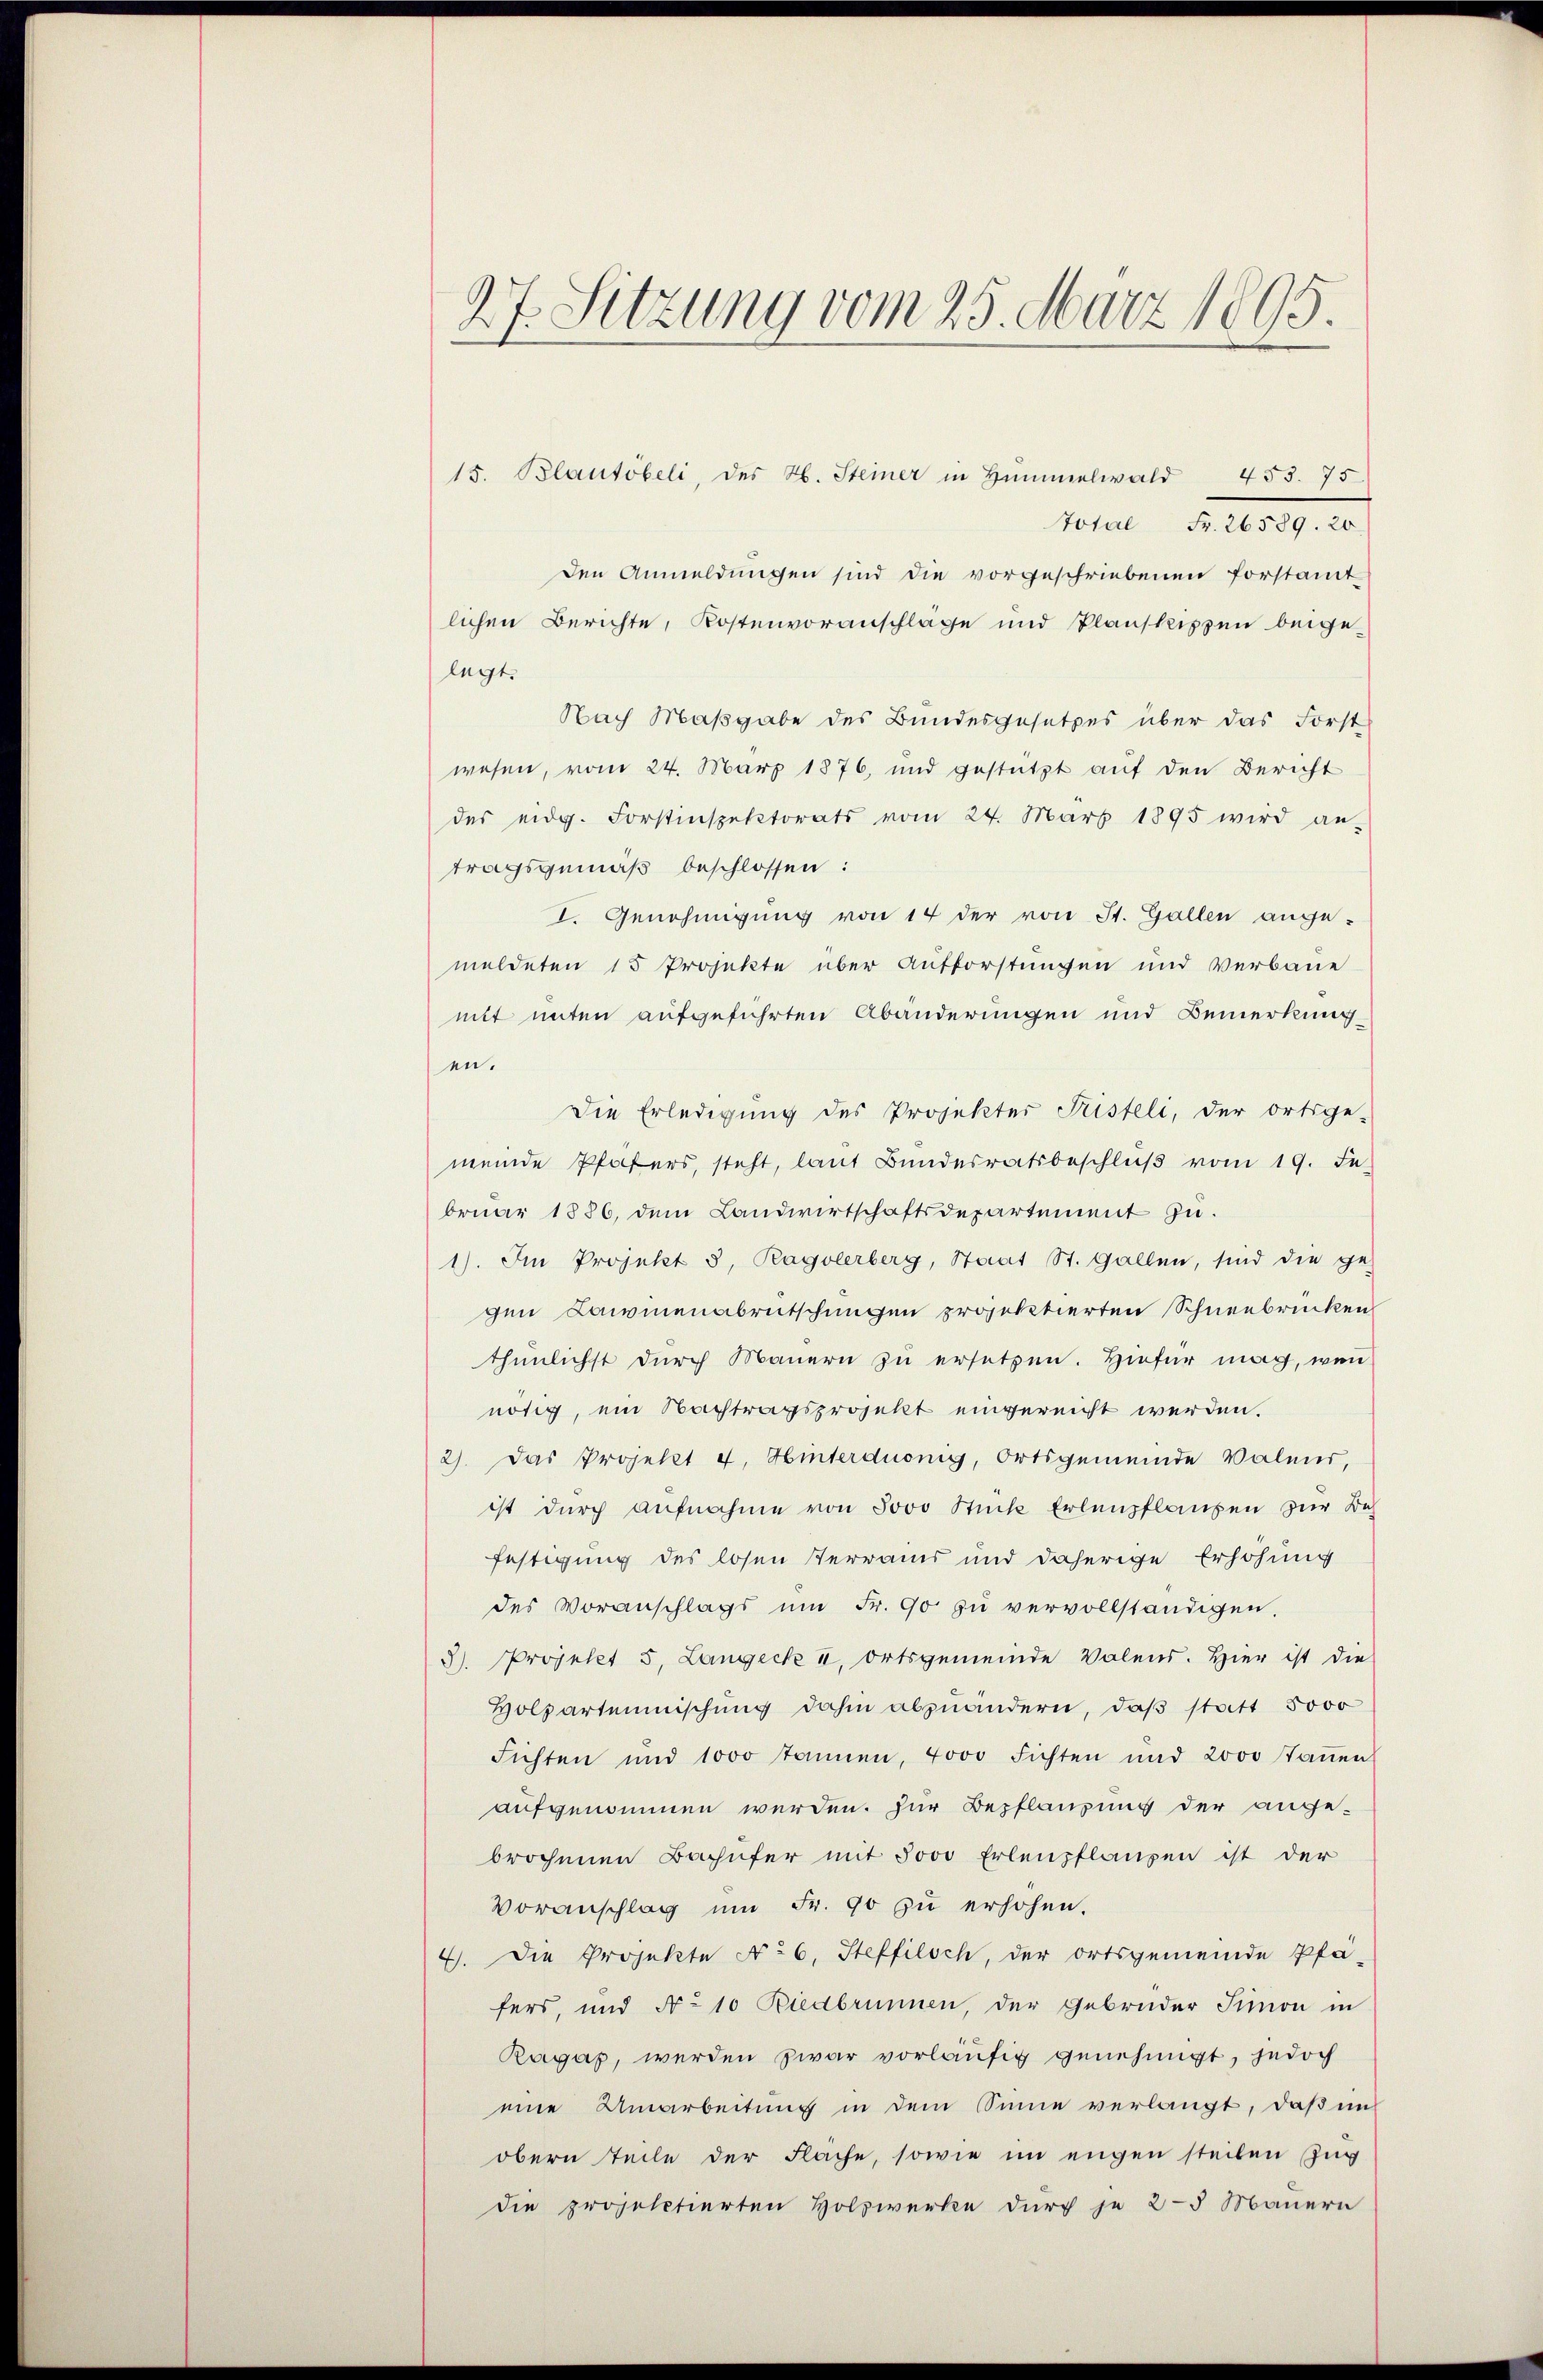
27. Sitzung vom 25. März 1895.

15. Blautöbeli, des H. Steiner in Hŭmmelwald 453. 75
Total Fr. 26589. 20
den Anmeldungen sind die vorgeschriebenen forstamt
lichen Berichte, Kostenvoranschläge und Planskissen beigelegt.
Nach Maßgabe des Bundesgesetzes über das Forst
wesen, vom 24. März 1876, und gestützt auf den Bericht
des eidg. Forstinspektorats vom 24. März 1895 wird an-
tragsgemäß beschlossen:
I. Genehmigung von 14 der von St. Gallen ange-
meldeten 15 Projekte über Aufforstungen und Verbaue
mit unten aufgeführten Abänderungen und Bemerkung
en.
Die Erledigung des Projekter Fristeli, der Ortsge-
meinde Pfäfers, steht, laŭt Bŭndesratsbeschlŭβ vom 19. Fe
bruar 1886, dem Landwirtschaftsdepartement zu.
1). Im Projekt 3, Ragolerberg, Staat St. Gallen, sind die ge-
gen Lawienabrutschungen projektierten Schneebrücken
thunlichst durch Mauern zu ersetzen. Hiefür mag, wenn
nötig, ein Nachtragsprojekt eingereicht werden.
2). Das Projekt 4. Hinterduonig, Ortsgemeinde Valens,
ist durch Aufnahme von Jovo Stück Erlenpflanzen zur Beh
festigung des losen Terrains und daherige Erhöhung
des Voranschlags ŭm Fr. 90 zu vervollständigen.
3). Projetet 5. Langeck u. Ortsgemeinde Valend. Hier ist die
Holzarteimischung dahin abzuändern, daß statt 5000
Fichten und 1000 annen, 7000 Fichten und 2000 Taṅen
aufgenommen werden. Zur Bepflanzung der ange-
brochenen Bachufer mit Joso Erlenpflanzen ist der
Voranschlag um Fr. 90 zu erhöhen.
4. Die Projekte No 6. Steffilsch, der ortsgemeinde Pfä-
fers, und No 10 Riedbrunnen, der Gebrüder Simon in
Ragas, werden zwar vorläufig genehmigt, jedoch
eine Umarbeitung in dem Sinne verlangt, daß in
obern Teile der Fläche, sowie im engen steilen Zug
die projectierten Holzwerke durch je 2-3 Mauern